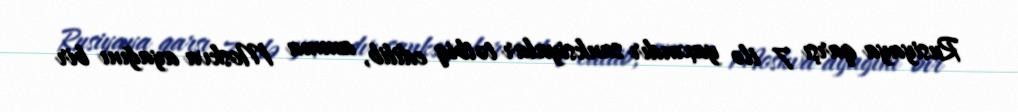
Rusiyaya qarşı 7 ilə yaxındır sanksiyalar tətbiq edilib, amma Moskva ayağını bir